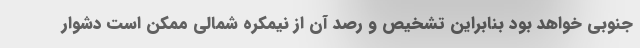
جنوبی خواهد بود بنابراین تشخیص و رصد آن از نیمکره شمالی ممکن است دشوار